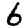
Digit: 6